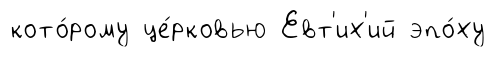
кото́рому це́рковью Евт'их'ий эпо́ху